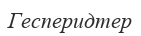
Гесперидтер